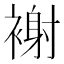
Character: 𧛼